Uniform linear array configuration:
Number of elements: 48
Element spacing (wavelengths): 1
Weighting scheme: kaiser
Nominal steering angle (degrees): -60
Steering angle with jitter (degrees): -60.316
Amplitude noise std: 0.05
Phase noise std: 0.05

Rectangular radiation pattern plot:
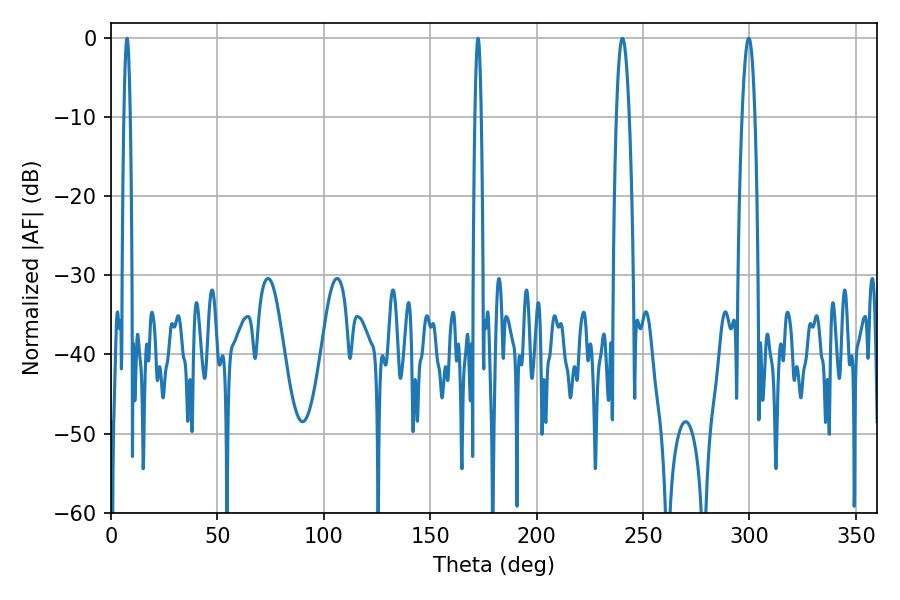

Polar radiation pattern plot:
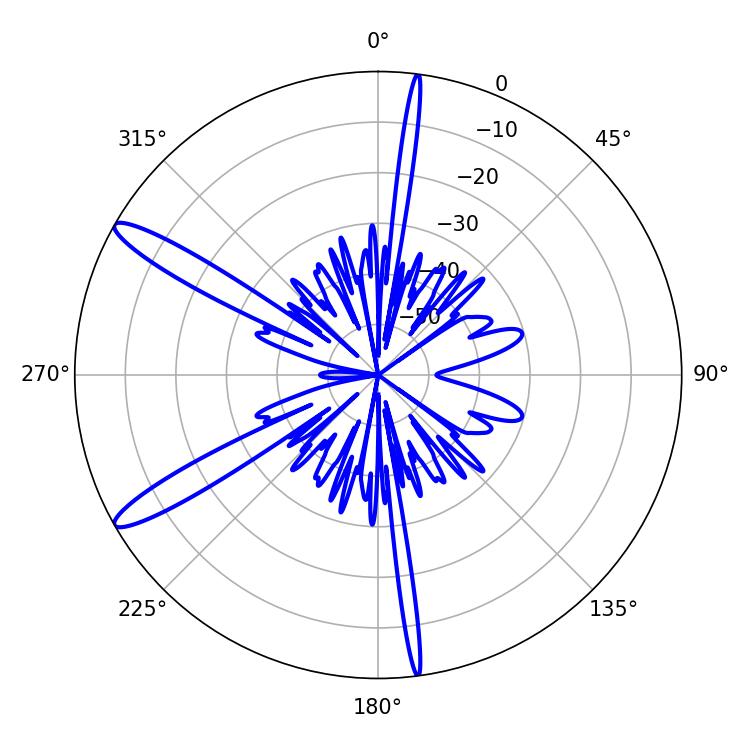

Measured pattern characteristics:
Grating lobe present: TRUE
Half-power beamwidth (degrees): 3.24
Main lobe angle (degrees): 240.3